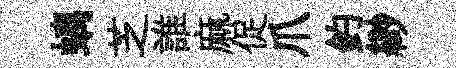
螭芝誰麻促爪釣緲